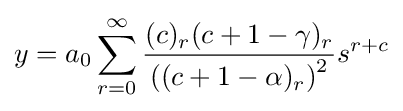
y=a_{0}\sum _{r=0}^{\infty }{{\frac {(c)_{r}(c+1-\gamma )_{r}}{\left((c+1-\alpha )_{r}\right)^{2}}}s^{r+c}}